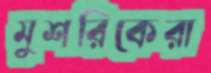
মুশরিকেরা